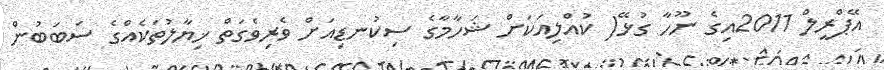
އޭޕްރީލް 2011އިގެ ނޫހާ ގުޅޭ( ކުއްލިއަކަށް ޝަހާމާގެ ސިކުނޑިއަށް ވެރިވެގަތް ޚިޔާލުތަކެއްގެ ސަބަބުން